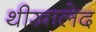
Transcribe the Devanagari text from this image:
थीखालेद